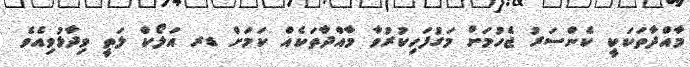
މާއްދާތަކަކީ ކެންސަރު ޖެހުމަށް މަގުފަހިކުރުވާ މާއްދާތަކެއް ކަމަށް ޑރ އަލޯކް ލަތީ ވިދާޅުވިއެވެ